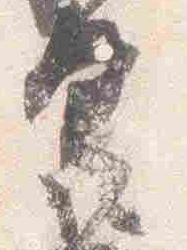
具